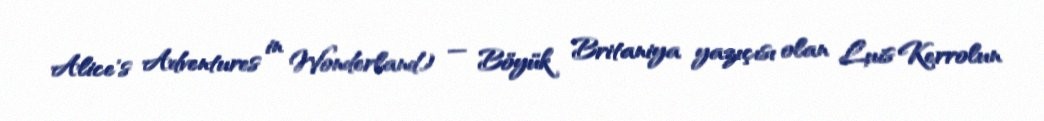
Alice's Adventures in Wonderland) — Böyük Britaniya yazıçısı olan Luis Kerrolun